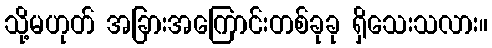
သို့မဟုတ် အခြားအကြောင်းတစ်ခုခု ရှိသေးသလား။